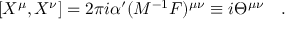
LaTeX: [ X ^ { \mu } , X ^ { \nu } ] = 2 \pi i \alpha ^ { \prime } ( { \cal M } ^ { - 1 } { \cal F } ) ^ { \mu \nu } \equiv i \Theta ^ { \mu \nu } \quad .